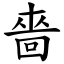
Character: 嗇